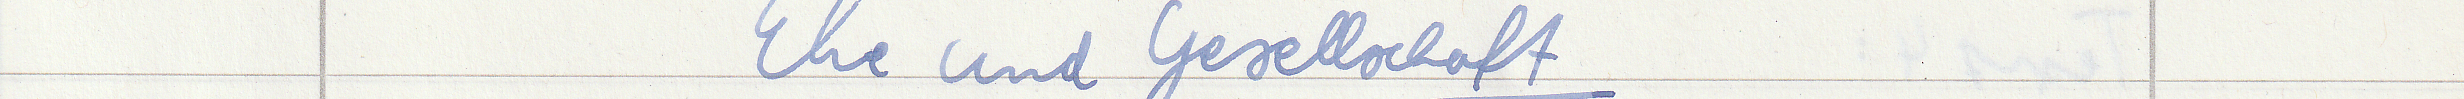
Ehe und Gesellschaft